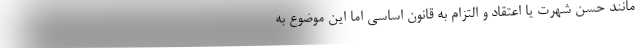
مانند حسن شهرت یا اعتقاد و التزام به قانون اساسی اما این موضوع به